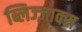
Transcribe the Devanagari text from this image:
ब्लिज्ज़ाक्स